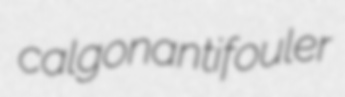
calgon antifouler